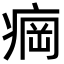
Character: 𬏲